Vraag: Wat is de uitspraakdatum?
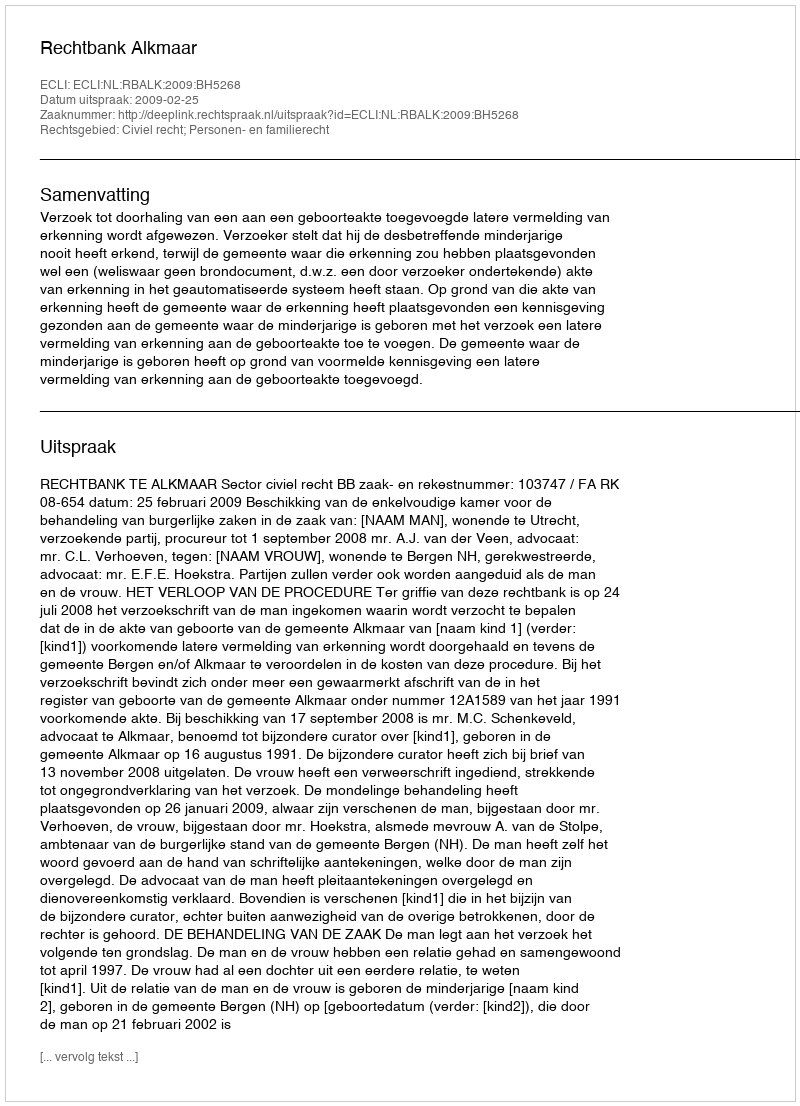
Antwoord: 2009-02-25